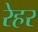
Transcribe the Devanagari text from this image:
रेहर